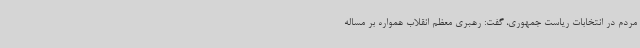
مردم در انتخابات ریاست جمهوری، گفت: رهبری معظم انقلاب همواره بر مساله